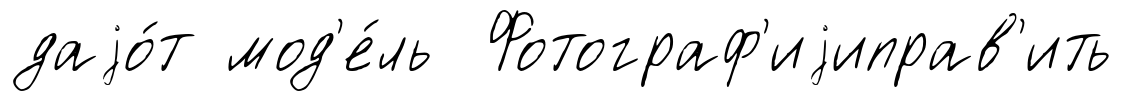
даjо́т мод'е́ль Фотограф'иjиправ'ить